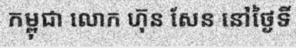
កម្ពុជា លោក ហ៊ុន សែន នៅថ្ងៃទី